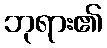
ဘုရား၏